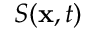
S ( \mathbf { x } , t )